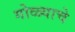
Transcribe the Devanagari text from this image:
गोळ्याचे